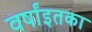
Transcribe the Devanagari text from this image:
वर्षांइतका